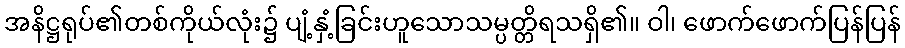
အနိဋ္ဌရုပ်၏တစ်ကိုယ်လုံး၌ ပျံ့နှံ့ခြင်းဟူသောသမ္ပတ္တိရသရှိ၏။ ဝါ၊ ဖောက်ဖောက်ပြန်ပြန်